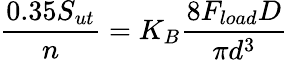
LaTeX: \frac{0.35S_{ut}}{n}=K_{B}\frac{8F_{load}D}{\pi d^{3}}